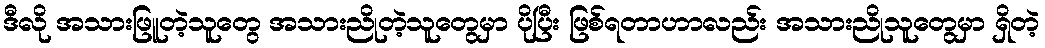
ဒီလို အသားဖြူတဲ့သူတွေ အသားညိုတဲ့သူတွေမှာ ပိုပြီး ဖြစ်ရတာဟာလည်း အသားညိုသူတွေမှာ ရှိတဲ့